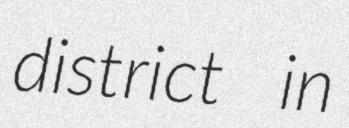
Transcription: district in